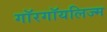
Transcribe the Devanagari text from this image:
गॉरगॉयलिज्म